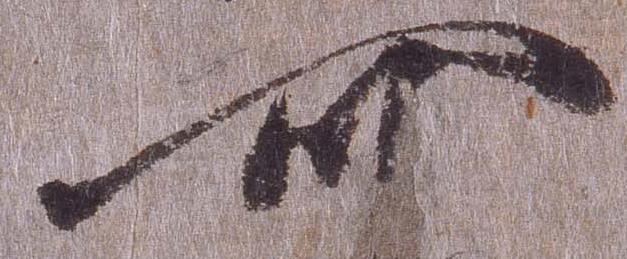
可